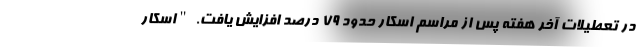
در تعطیلات آخر هفته پس از مراسم اسکار حدود 79 درصد افزایش یافت. "اسکار